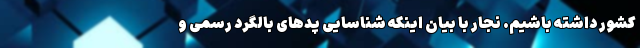
کشور داشته باشیم. نجار با بیان اینکه شناسایی پدهای بالگرد رسمی و